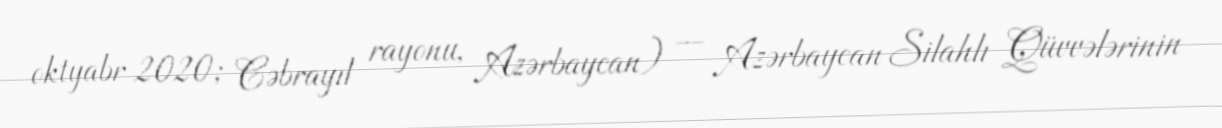
oktyabr 2020; Cəbrayıl rayonu, Azərbaycan) — Azərbaycan Silahlı Qüvvələrinin